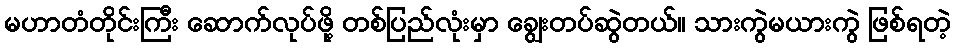
မဟာတံတိုင်းကြီး ဆောက်လုပ်ဖို့ တစ်ပြည်လုံးမှာ ချွေးတပ်ဆွဲတယ်။ သားကွဲမယားကွဲ ဖြစ်ရတဲ့